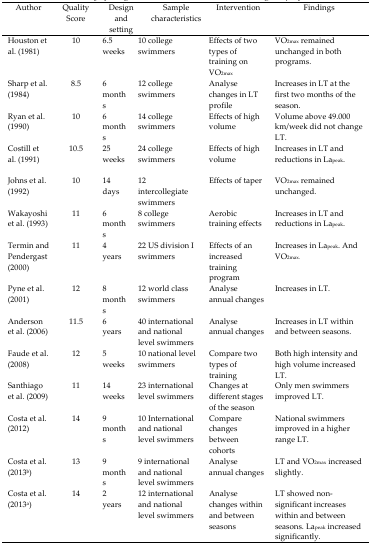
<table><thead><tr><td><b>Author</b></td><td><b>Quality Score</b></td><td><b>Design and setting</b></td><td><b>Sample characteristics</b></td><td><b>Intervention</b></td><td><b>Findings</b></td></tr></thead><tbody><tr><td>Houston et al. (1981)</td><td>10</td><td>6.5 weeks</td><td>10 college swimmers</td><td>Effects of two types of training on VO<sub>2max</sub></td><td>VO<sub>2max</sub> remained unchanged in both programs.</td></tr><tr><td>Sharp et al. (1984)</td><td>8.5</td><td>6 months</td><td>12 college swimmers</td><td>Analyse changes in LT profile</td><td>Increases in LT at the first two months of the season.</td></tr><tr><td>Ryan et al. (1990)</td><td>10</td><td>6 months</td><td>14 college swimmers</td><td>Effects of high volume</td><td>Volume above 49.000 km/week did not change LT.</td></tr><tr><td>Costill et al. (1991)</td><td>10.5</td><td>25 weeks</td><td>24 college swimmers</td><td>Effects of high volume</td><td>Increases in LT and reductions in La<sub>peak</sub>.</td></tr><tr><td>Johns et al. (1992)</td><td>10</td><td>14 days</td><td>12 intercollegiate swimmers</td><td>Effects of taper</td><td>VO<sub>2max</sub> remained unchanged.</td></tr><tr><td>Wakayoshi et al. (1993)</td><td>11</td><td>6 months</td><td>8 college swimmers</td><td>Aerobic training effects</td><td>Increases in LT and reductions in La<sub>peak</sub>.</td></tr><tr><td>Termin and Pendergast (2000)</td><td>11</td><td>4 years</td><td>22 US division I swimmers</td><td>Effects of an increased training program</td><td>Increases in La<sub>peak</sub>. And VO<sub>2max.</sub></td></tr><tr><td>Pyne et al. (2001)</td><td>12</td><td>8 months</td><td>12 world class swimmers</td><td>Analyse annual changes</td><td>Increases in LT.</td></tr><tr><td>Anderson et al. (2006)</td><td>11.5</td><td>6 years</td><td>40 international and national level swimmers</td><td>Analyse annual changes</td><td>Increases in LT within and between seasons.</td></tr><tr><td>Faude et al. (2008)</td><td>12</td><td>5 weeks</td><td>10 national level swimmers</td><td>Compare two types of training</td><td>Both high intensity and high volume increased LT.</td></tr><tr><td>Santhiago et al. (2009)</td><td>11</td><td>14 weeks</td><td>23 international level swimmers</td><td>Changes at different stages of the season</td><td>Only men swimmers improved LT.</td></tr><tr><td>Costa et al. (2012)</td><td>14</td><td>9 months</td><td>10 International and national level swimmers</td><td>Compare changes between cohorts</td><td>National swimmers improved in a higher range LT.</td></tr><tr><td>Costa et al. (2013<sup>b</sup>)</td><td>13</td><td>9 months</td><td>9 international and national level swimmers</td><td>Analyse annual changes</td><td>LT and VO<sub>2max</sub> increased slightly.</td></tr><tr><td>Costa et al. (2013<sup>a</sup>)</td><td>14</td><td>2 years</td><td>12 international and national level swimmers</td><td>Analyse changes within and between seasons</td><td>LT showed non-significant increases within and between seasons. La<sub>peak</sub> increased significantly.</td></tr></tbody></table>